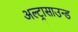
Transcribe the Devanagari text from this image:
अल्‍ट्रासाउन्‍ड